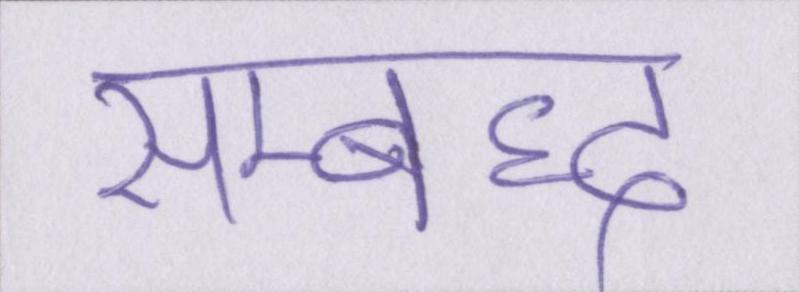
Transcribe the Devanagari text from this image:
सम्बध्द